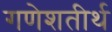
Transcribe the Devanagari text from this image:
गणेशतीर्थ